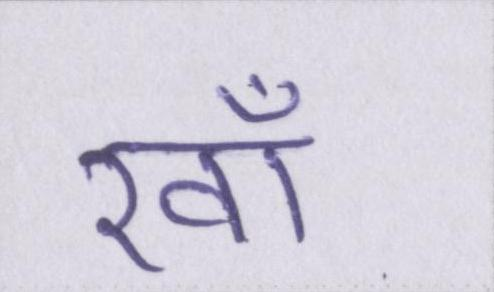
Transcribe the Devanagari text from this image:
रवाँ